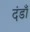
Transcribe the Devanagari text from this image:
दंडाँ